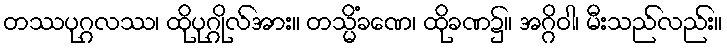
တဿပုဂ္ဂလဿ၊ ထိုပုဂ္ဂိုလ်အား။ တသ္မိံခဏေ၊ ထိုခဏ၌။ အဂ္ဂိဝါ၊ မီးသည်လည်း။